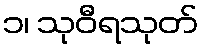
၁၊ သုဝီရသုတ်